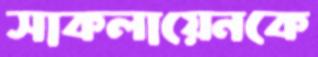
সাকলায়েনকে